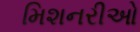
મિશનરીઓ